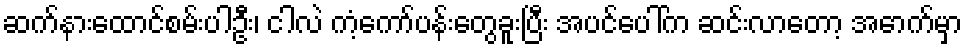
ဆက်နားထောင်စမ်းပါဦး၊ ငါလဲ ကံ့ကော်ပန်းတွေခူးပြီး အပင်ပေါ်က ဆင်းလာတော့ အောက်မှာ